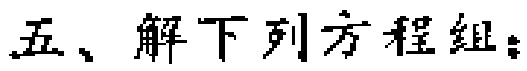
五、解下列方程组：